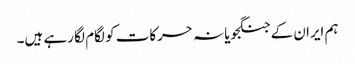
ہم ایران کے جنگجویانہ حرکات کو لگام لگا رہے ہیں۔